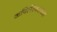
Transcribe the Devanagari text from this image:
कपिलेश्वराच्या